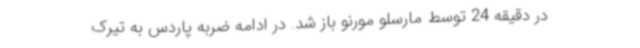
در دقیقه 24 توسط مارسلو مورنو باز شد. در ادامه ضربه پاردس به تیرک